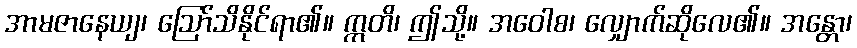
အာမဇာနေယျ၊ ဩော်သိနိုင်ရာ၏။ ဣတိ၊ ဤသို့။ အဝေါစ၊ လျှောက်ဆိုလေ၏။ အန္တော၊